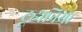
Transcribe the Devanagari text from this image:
टूहानिया